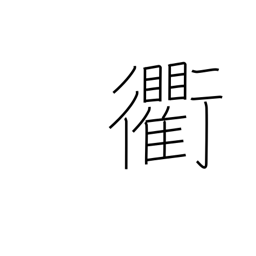
Meaning: crossroads